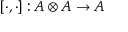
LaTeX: [ \cdot , \cdot ] : A \otimes A \rightarrow A